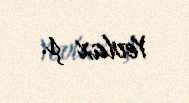
Yevlax ş.